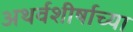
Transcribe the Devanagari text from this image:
अथर्वशीर्षाच्या